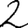
Digit: 2